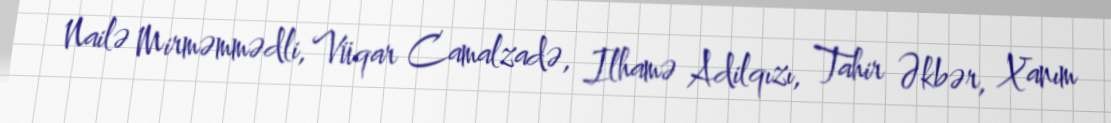
Nailə Mirməmmədli, Vüqar Camalzadə, Ilhamə Adilqızı, Tahir Əkbər, Xanım